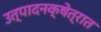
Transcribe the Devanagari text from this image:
उत्पादनक्षेत्रात